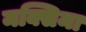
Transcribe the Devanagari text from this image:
मक्सिमा